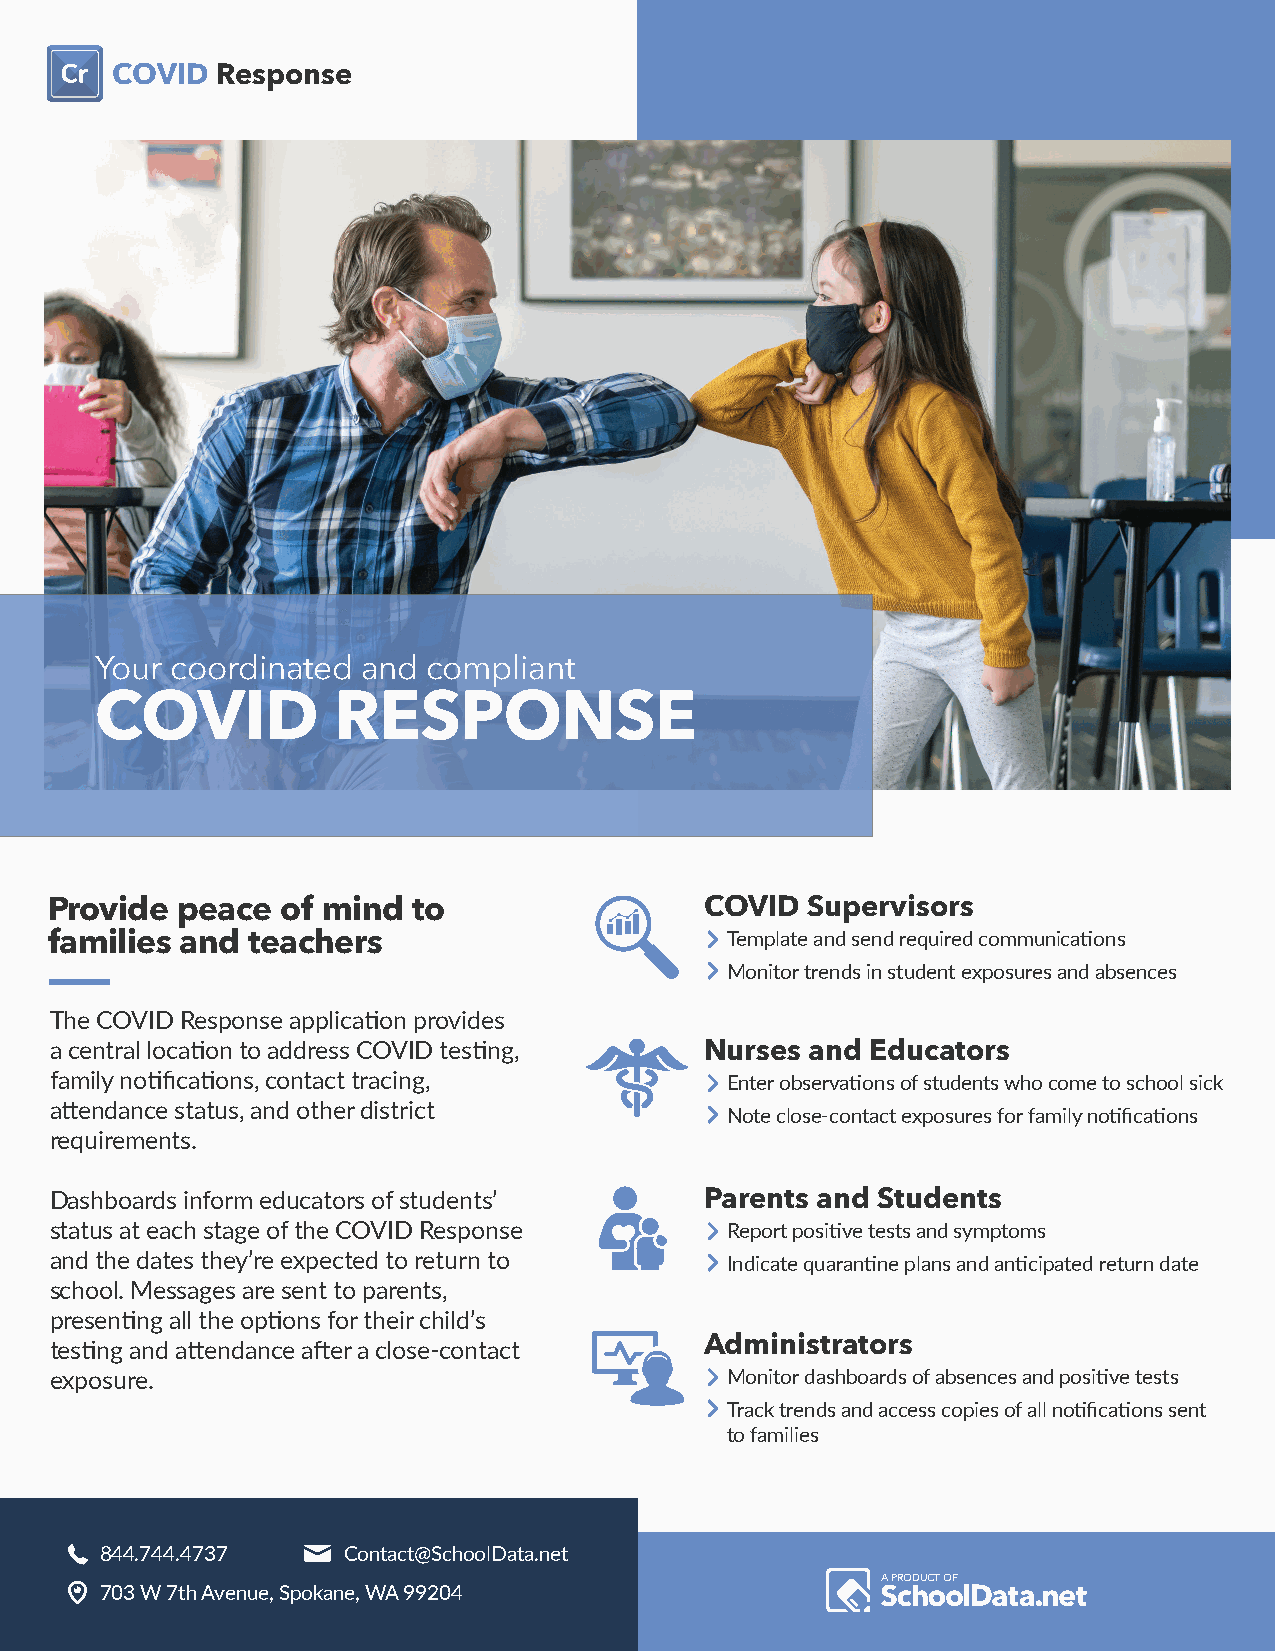
COVID  Response
 Your coordinated  and compliant
 COVID           RESPONSE
 Provide  peace  of mind to                  COVID Supervisors
 families and teachers                        Template and send required communications
 Monitor trends in student exposures and absences
 The COVID Response application provides
 a central location to address COVID testing, Nurses and Educators
 family notifications, contact tracing,       Enter observations of students who come to school sick
 attendance status, and other district
 Note close-contact exposures for family notifications
 requirements.
 Dashboards inform educators of students’    Parents and Students
 status at each stage of the COVID Response   Report positive tests and symptoms
 and the dates they’re expected to return to  Indicate quarantine plans and anticipated return date
 school. Messages are sent to parents,
 presenting all the options for their child’s
 testing and attendance after a close-contact Administrators
 exposure.                                    Monitor dashboards of absences and positive tests
 Track trends and access copies of all notifications sent
 to families
 844.744.4737    Contact@SchoolData.net
 A PRODUCT OF
 703 W 7th Avenue, Spokane, WA 99204